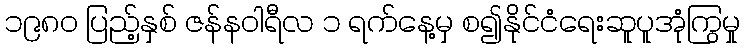
၁၉၈၀ ပြည့်နှစ် ဇန်နဝါရီလ ၁ ရက်နေ့မှ စ၍နိုင်ငံရေးဆူပူအုံကြွမှု